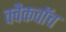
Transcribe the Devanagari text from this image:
क्वैकवॉच